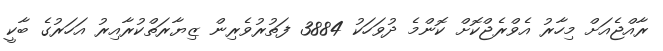
ރާއްޖެއަށް މިހާރު އެވްރެޖްކޮށް ކޮންމެ ދުވަހަކު 3884 ފަތުރުވެރިން ޒިޔާރަތްކުރާއިރު އަހަރުގެ ބާކީ